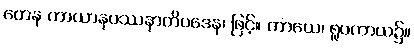
တေန ကာယာနုပဿနာတိပဒေန၊ ဖြင့်။ ကာယေ၊ ရူပကာယ၌။